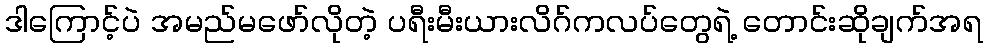
ဒါကြောင့်ပဲ အမည်မဖော်လိုတဲ့ ပရီးမီးယားလိဂ်ကလပ်တွေရဲ့ တောင်းဆိုချက်အရ